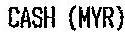
CAHS (MYR)